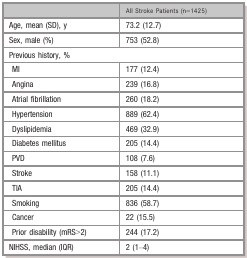
<table><thead><tr><td></td><td><b>All Stroke Patients (n=1425)</b></td></tr></thead><tbody><tr><td>Age, mean (SD), y</td><td>73.2 (12.7)</td></tr><tr><td>Sex, male (%)</td><td>753 (52.8)</td></tr><tr><td colspan="2">Previous history, %</td></tr><tr><td>MI</td><td>177 (12.4)</td></tr><tr><td>Angina</td><td>239 (16.8)</td></tr><tr><td>Atrial fibrillation</td><td>260 (18.2)</td></tr><tr><td>Hypertension</td><td>889 (62.4)</td></tr><tr><td>Dyslipidemia</td><td>469 (32.9)</td></tr><tr><td>Diabetes mellitus</td><td>205 (14.4)</td></tr><tr><td>PVD</td><td>108 (7.6)</td></tr><tr><td>Stroke</td><td>158 (11.1)</td></tr><tr><td>TIA</td><td>205 (14.4)</td></tr><tr><td>Smoking</td><td>836 (58.7)</td></tr><tr><td>Cancer</td><td>22 (15.5)</td></tr><tr><td>Prior disability (mRS&gt;2)</td><td>244 (17.2)</td></tr><tr><td>NIHSS, median (IQR)</td><td>2 (1–4)</td></tr></tbody></table>